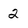
Character: 2